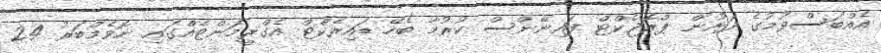
އެއްބަސްވުމުގެ ދަށުން ޕްރޮޖެކްޓް ފައިނޭންސް ކުރުމާ ބެހޭ ޑައިރެކްޓް އެގްރީމަންޓެއްގައި ނޮވެމްބަރު 24